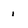
Character: 1